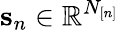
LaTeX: {\mathbf s}_{n}\in\mathbb{R}^{N_{[n]}}